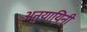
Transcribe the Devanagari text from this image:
अनुयायिनी